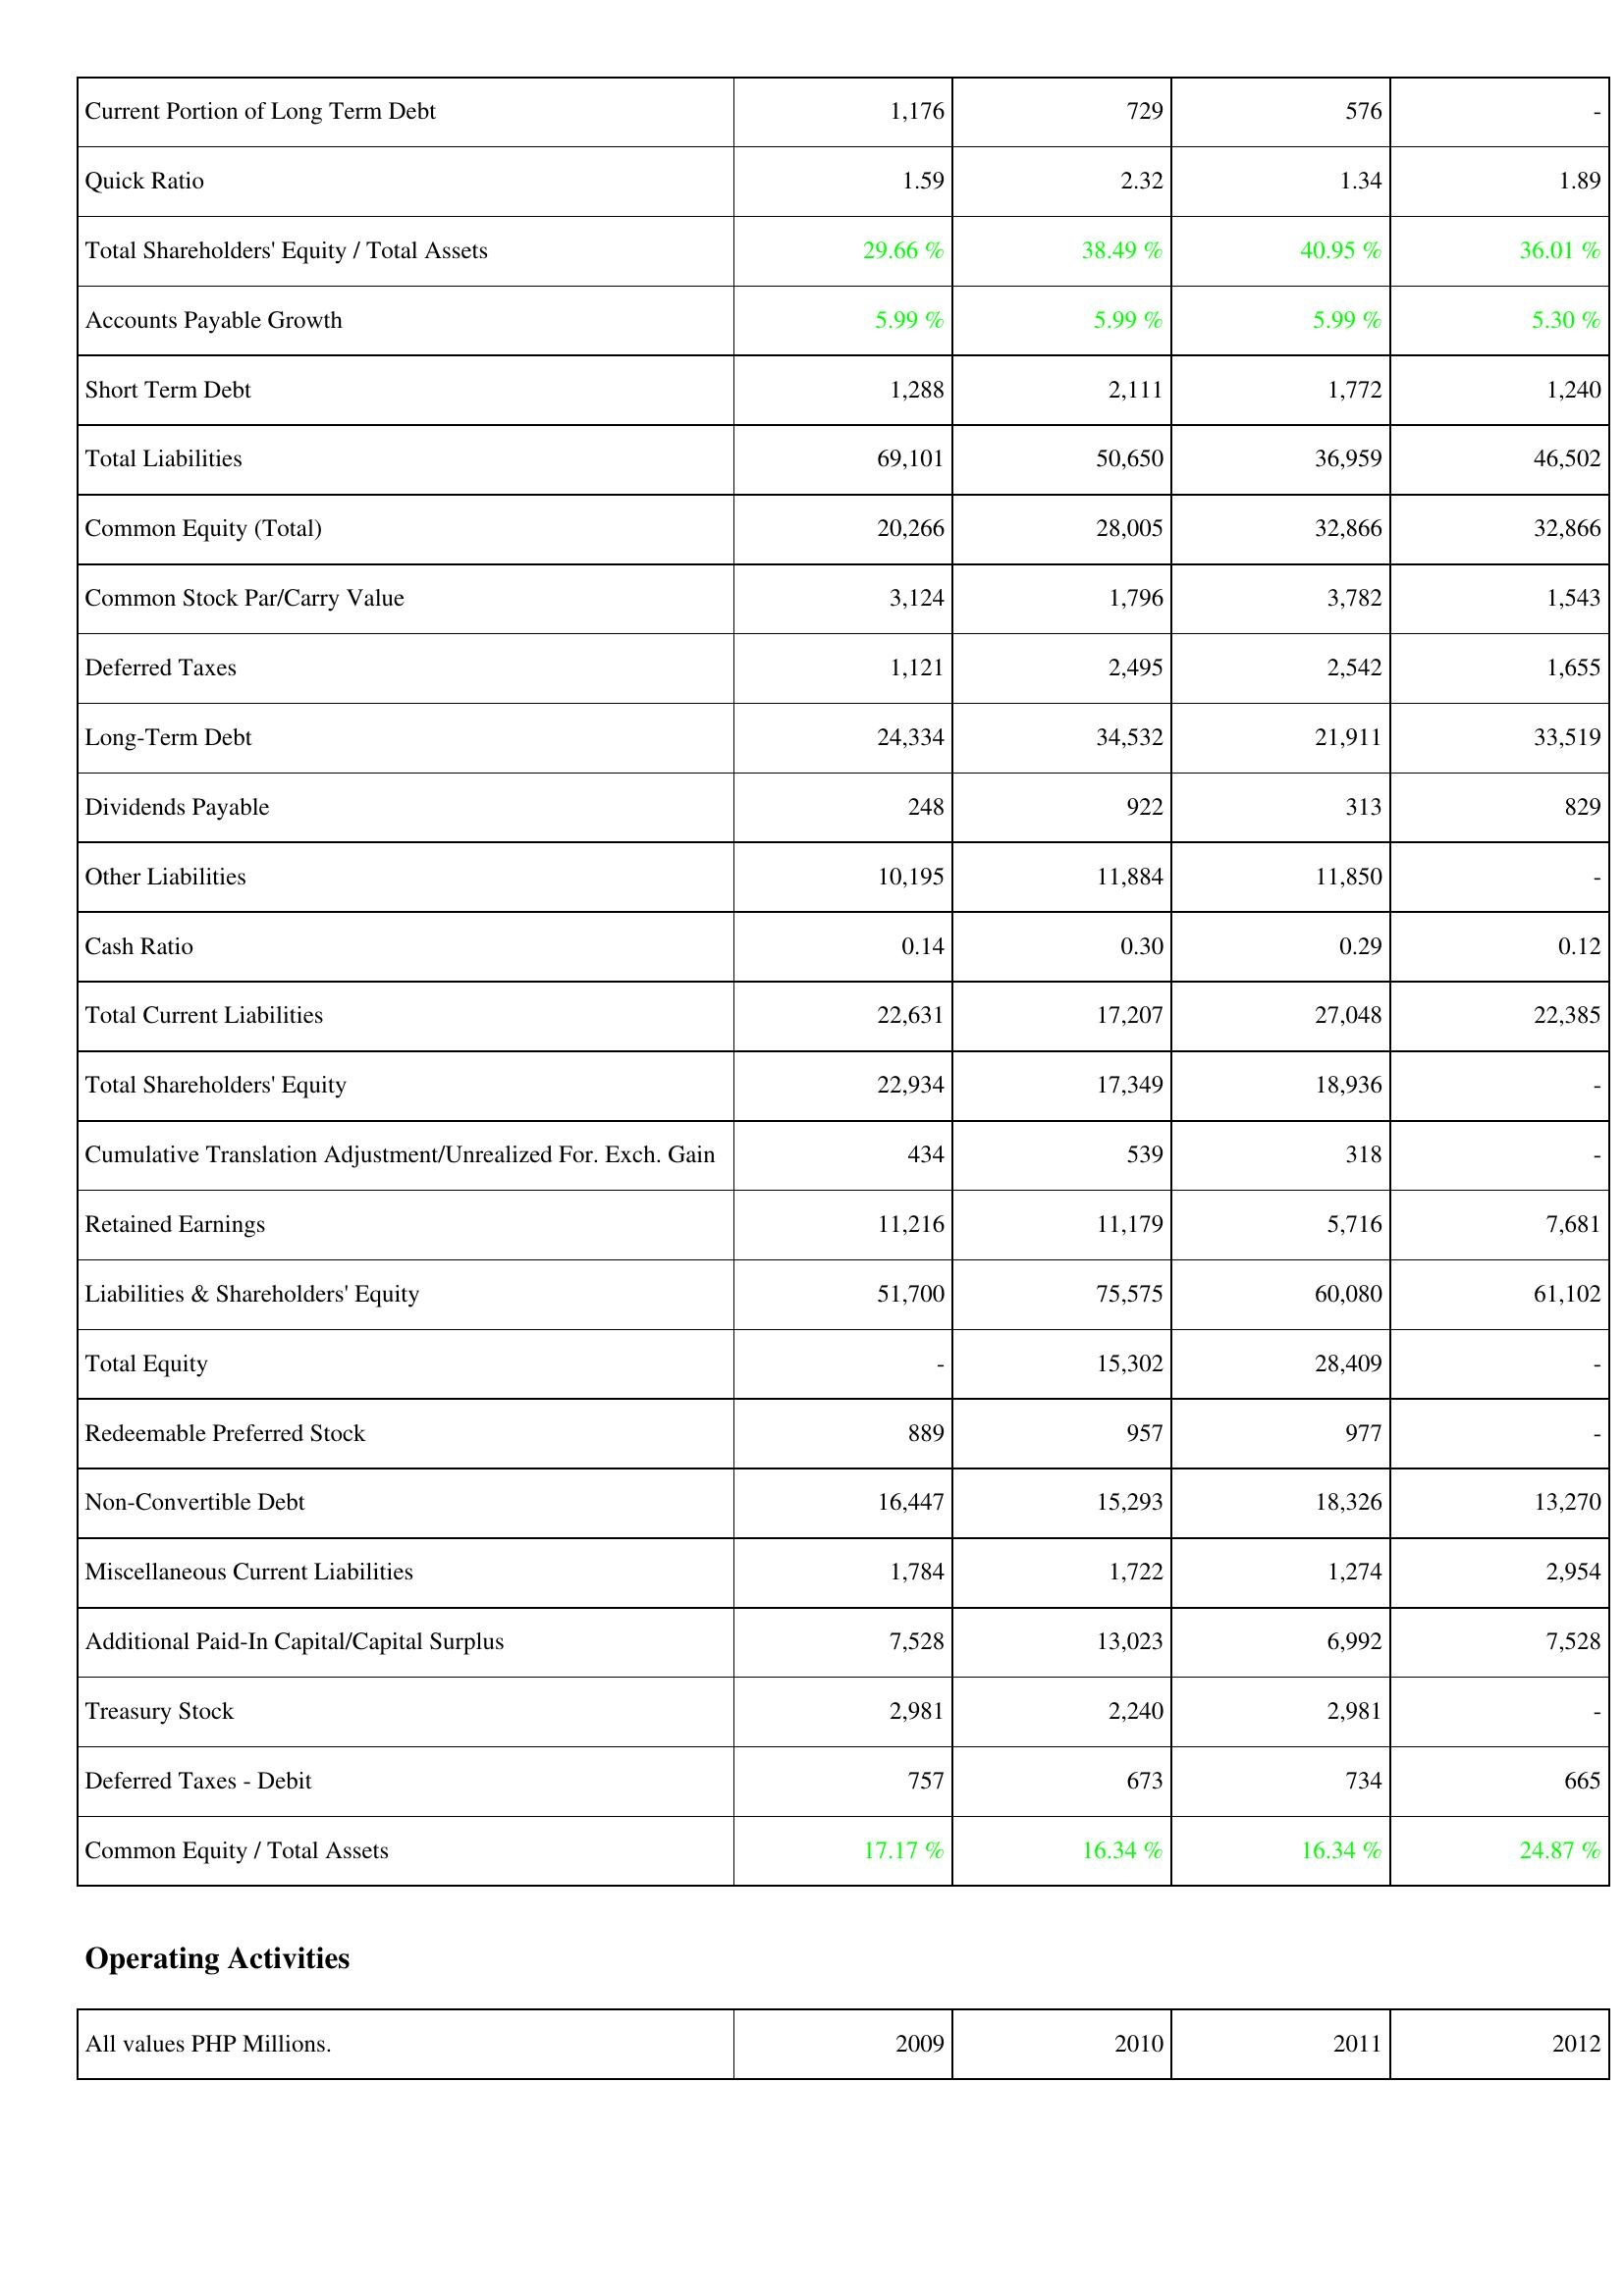
2009: Liabilities & Shareholders' Equity: Current Portion of Long Term Debt: 1,176
Quick Ratio: 1.59
Total Shareholders' Equity / Total Assets: 29.66 %
Accounts Payable Growth: 5.99 %
Short Term Debt: 1,288
Total Liabilities: 69,101
Common Equity (Total): 20,266
Common Stock Par/Carry Value: 3,124
Deferred Taxes: 1,121
Long-Term Debt: 24,334
Dividends Payable: 248
Other Liabilities: 10,195
Cash Ratio: 0.14
Total Current Liabilities: 22,631
Total Shareholders' Equity: 22,934
Cumulative Translation Adjustment/Unrealized For. Exch. Gain: 434
Retained Earnings: 11,216
Liabilities & Shareholders' Equity: 51,700
Total Equity: -
Redeemable Preferred Stock: 889
Non-Convertible Debt: 16,447
Miscellaneous Current Liabilities: 1,784
Additional Paid-In Capital/Capital Surplus: 7,528
Treasury Stock: 2,981
Deferred Taxes - Debit: 757
Common Equity / Total Assets: 17.17 %
2010: Liabilities & Shareholders' Equity: Current Portion of Long Term Debt: 729
Quick Ratio: 2.32
Total Shareholders' Equity / Total Assets: 38.49 %
Accounts Payable Growth: 5.99 %
Short Term Debt: 2,111
Total Liabilities: 50,650
Common Equity (Total): 28,005
Common Stock Par/Carry Value: 1,796
Deferred Taxes: 2,495
Long-Term Debt: 34,532
Dividends Payable: 922
Other Liabilities: 11,884
Cash Ratio: 0.30
Total Current Liabilities: 17,207
Total Shareholders' Equity: 17,349
Cumulative Translation Adjustment/Unrealized For. Exch. Gain: 539
Retained Earnings: 11,179
Liabilities & Shareholders' Equity: 75,575
Total Equity: 15,302
Redeemable Preferred Stock: 957
Non-Convertible Debt: 15,293
Miscellaneous Current Liabilities: 1,722
Additional Paid-In Capital/Capital Surplus: 13,023
Treasury Stock: 2,240
Deferred Taxes - Debit: 673
Common Equity / Total Assets: 16.34 %
2011: Liabilities & Shareholders' Equity: Current Portion of Long Term Debt: 576
Quick Ratio: 1.34
Total Shareholders' Equity / Total Assets: 40.95 %
Accounts Payable Growth: 5.99 %
Short Term Debt: 1,772
Total Liabilities: 36,959
Common Equity (Total): 32,866
Common Stock Par/Carry Value: 3,782
Deferred Taxes: 2,542
Long-Term Debt: 21,911
Dividends Payable: 313
Other Liabilities: 11,850
Cash Ratio: 0.29
Total Current Liabilities: 27,048
Total Shareholders' Equity: 18,936
Cumulative Translation Adjustment/Unrealized For. Exch. Gain: 318
Retained Earnings: 5,716
Liabilities & Shareholders' Equity: 60,080
Total Equity: 28,409
Redeemable Preferred Stock: 977
Non-Convertible Debt: 18,326
Miscellaneous Current Liabilities: 1,274
Additional Paid-In Capital/Capital Surplus: 6,992
Treasury Stock: 2,981
Deferred Taxes - Debit: 734
Common Equity / Total Assets: 16.34 %
2012: Liabilities & Shareholders' Equity: Current Portion of Long Term Debt: -
Quick Ratio: 1.89
Total Shareholders' Equity / Total Assets: 36.01 %
Accounts Payable Growth: 5.30 %
Short Term Debt: 1,240
Total Liabilities: 46,502
Common Equity (Total): 32,866
Common Stock Par/Carry Value: 1,543
Deferred Taxes: 1,655
Long-Term Debt: 33,519
Dividends Payable: 829
Other Liabilities: -
Cash Ratio: 0.12
Total Current Liabilities: 22,385
Total Shareholders' Equity: -
Cumulative Translation Adjustment/Unrealized For. Exch. Gain: -
Retained Earnings: 7,681
Liabilities & Shareholders' Equity: 61,102
Total Equity: -
Redeemable Preferred Stock: -
Non-Convertible Debt: 13,270
Miscellaneous Current Liabilities: 2,954
Additional Paid-In Capital/Capital Surplus: 7,528
Treasury Stock: -
Deferred Taxes - Debit: 665
Common Equity / Total Assets: 24.87 %